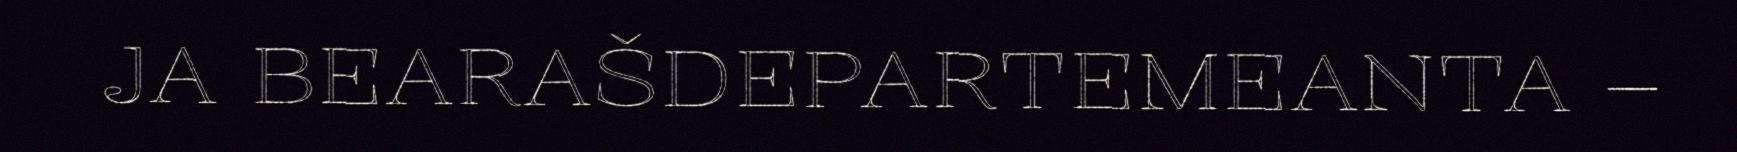
JA BEARAŠDEPARTEMEANTA –